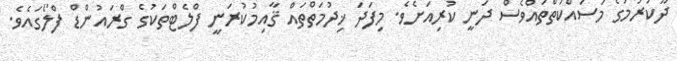
ދޫކުރުމުގެ މަސައްކަތްތައްވެސް ދަނީ ކުރިއަށެވެ. މިފަދަ ޚިދުމަތްތައް ޤާއިމުކުރަނީ ފްލެޓްތަކުގެ ގްރައުންޑް ފްލޯގައެވެ.